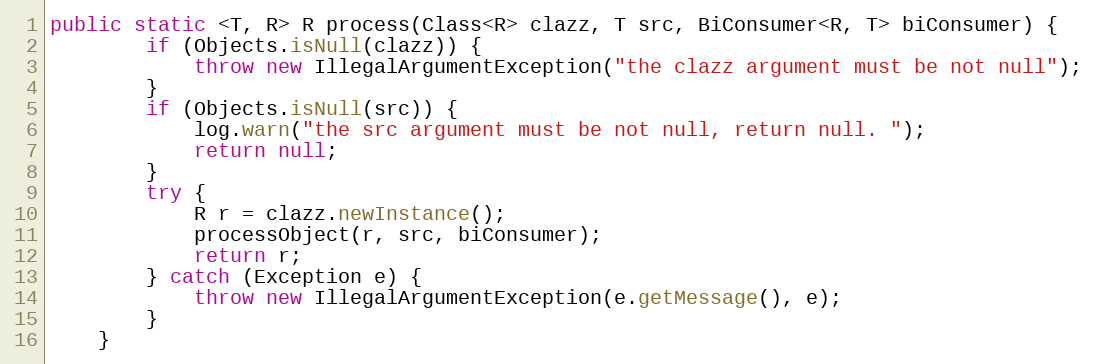
Language: Java
public static <T, R> R process(Class<R> clazz, T src, BiConsumer<R, T> biConsumer) {
        if (Objects.isNull(clazz)) {
            throw new IllegalArgumentException("the clazz argument must be not null");
        }
        if (Objects.isNull(src)) {
            log.warn("the src argument must be not null, return null. ");
            return null;
        }
        try {
            R r = clazz.newInstance();
            processObject(r, src, biConsumer);
            return r;
        } catch (Exception e) {
            throw new IllegalArgumentException(e.getMessage(), e);
        }
    }